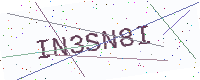
Text: IN3SN8I